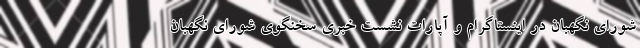
شورای نگهبان در اینستاگرام و آپارات نشست خبری سخنگوی شورای نگهبان